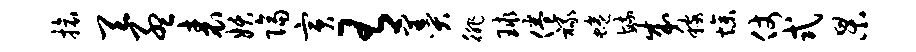
旅天孟表妖隔寅有羹徘球倦禄蜷毓成稼燥仗式杲